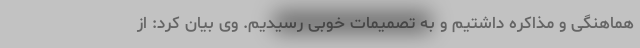
هماهنگی و مذاکره داشتیم و به تصمیمات خوبی رسیدیم. وی بیان کرد: از